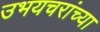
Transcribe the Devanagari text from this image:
उभयचरांच्या